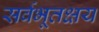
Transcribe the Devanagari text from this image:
सर्वभूतक्षय